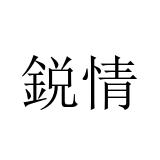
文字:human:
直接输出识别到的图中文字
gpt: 鋭情